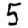
Digit: 5